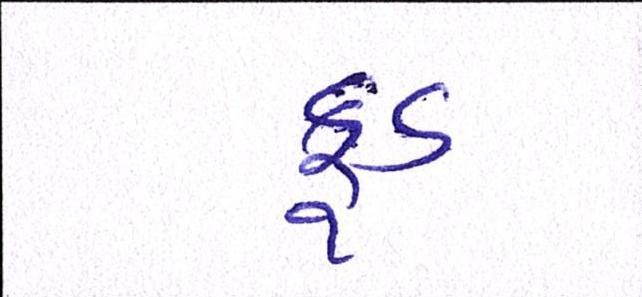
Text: ફૂડ